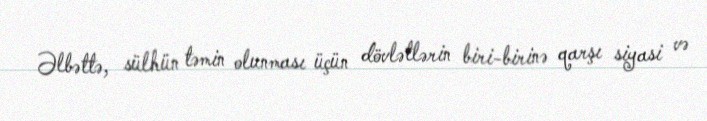
Əlbəttə, sülhün təmin olunması üçün dövlətlərin biri-birinə qarşı siyasi və